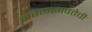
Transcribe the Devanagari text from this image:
नवमानवतेची